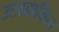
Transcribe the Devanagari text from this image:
उत्त्रदायित्व